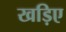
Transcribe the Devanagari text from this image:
खड़िए